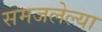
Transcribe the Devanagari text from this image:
समजलेल्या